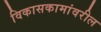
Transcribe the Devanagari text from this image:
विकासकामांवरील